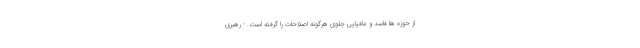
از حوزه ها فاسد و مافیایی جلوی هرگونه اصلاحات را گرفته است. - رهبری